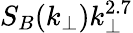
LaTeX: S_{B}(k_{\perp})k_{\perp}^{2.7}